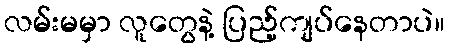
လမ်းမမှာ လူတွေနဲ့ ပြည့်ကျပ်နေတာပဲ။